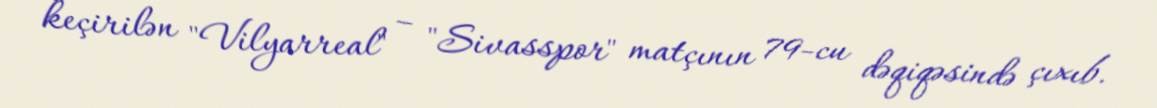
keçirilən "Vilyarreal" – "Sivasspor" matçının 79-cu dəqiqəsində çıxıb.